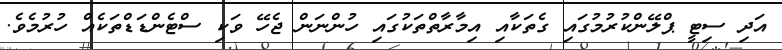
އަދި ސިޓީ ޕްލޭންކުރުމުގައި ގެތަކާއި އިމާރާތްތަކުގައި ހުންނަން ޖެހޭ ވަކި ސްޓެންޑަޑްތަކެއް ހުރުމެވެ.